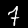
Label: 7